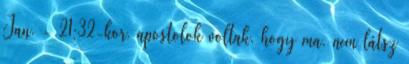
Jan. - 21:32-kor. apostolok voltak. hogy ma, nem látsz